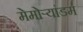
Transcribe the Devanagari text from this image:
मेमोर्‍यांडम